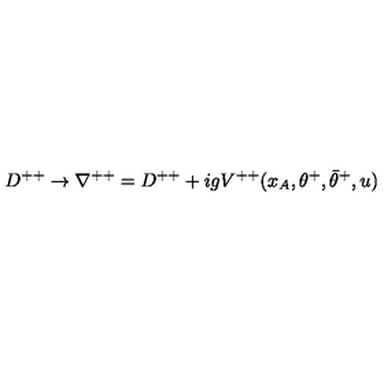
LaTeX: D ^ { + + } \rightarrow \nabla ^ { + + } = D ^ { + + } + i g V ^ { + + } ( x _ { A } , \theta ^ { + } , \bar { \theta } ^ { + } , u )